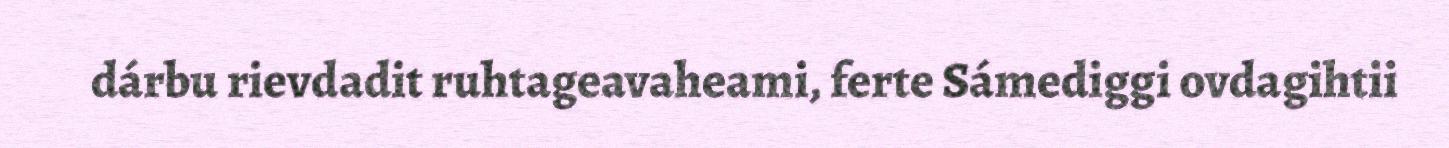
dárbu rievdadit ruhtageavaheami, ferte Sámediggi ovdagihtii